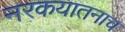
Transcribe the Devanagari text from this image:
नरकयातनाच